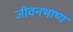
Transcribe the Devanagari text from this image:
जीवनभाष्य